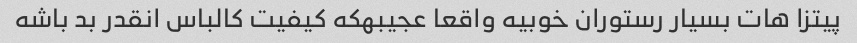
پیتزا هات بسیار رستوران خوبیه واقعا عجیبهکه کیفیت کالباس انقدر بد باشه